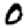
Digit: 0